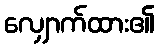
လျှောက်ထား၏